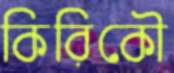
কিরিকৌ